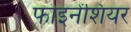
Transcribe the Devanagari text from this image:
फाइनेंशियर